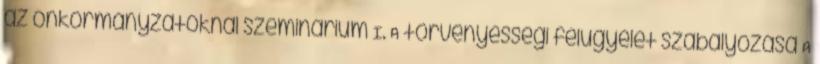
az önkormányzatoknál szeminárium I. A törvényességi felügyelet szabályozása A